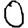
Digit: 0